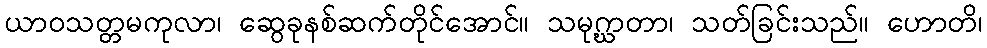
ယာဝသတ္တမကုလာ၊ ဆွေခုနစ်ဆက်တိုင်အောင်။ သမုဂ္ဃာတာ၊ သတ်ခြင်းသည်။ ဟောတိ၊